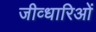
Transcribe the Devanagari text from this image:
जीव्धारिओं